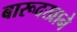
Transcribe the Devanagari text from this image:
बारूदखाने